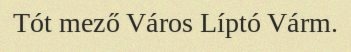
Tót mező Város Líptó Várm.